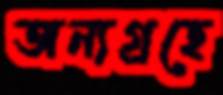
অন্যগ্রহে